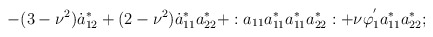
\begin{align*}-(3 - \nu^{2})\dot{a}_{12}^{*} + (2 - \nu^{2})\dot{a}_{11}^{*}a_{22}^{*} +:a_{11}a_{11}^{*}a_{11}^{*}a_{22}^{*}: + \nu\varphi_{1}^{'}a_{11}^{*}a_{22}^{*};\end{align*}